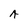
Character: A